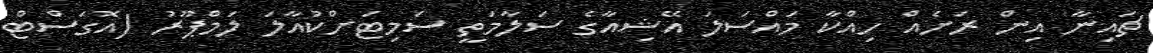
ޗައިނާ އިން ރަށެއް ހިއްކާ މައްސަލަ އޭޝިއާގެ ސަލާމަތީ ސަމިޓަށްކުއާލަ ލަމްޕޫރު (އޮގަސްޓް